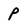
Character: p